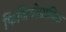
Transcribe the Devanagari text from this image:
फिजियोग्नामिक